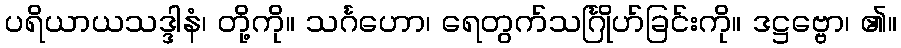
ပရိယာယသဒ္ဒါနံ၊ တို့ကို။ သင်္ဂဟော၊ ရေတွက်သင်္ဂြိုဟ်ခြင်းကို။ ဒဋ္ဌဗ္ဗော၊ ၏။